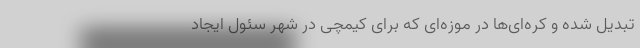
تبدیل شده و کره‌ای‌ها در موزه‌ای که برای کیمچی در شهر سئول ایجاد